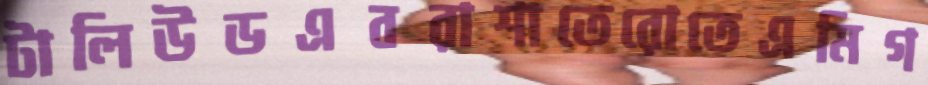
টালিউডএবরাশাতেরোতেএমিগ